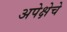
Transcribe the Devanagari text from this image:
अपेक्षेचे